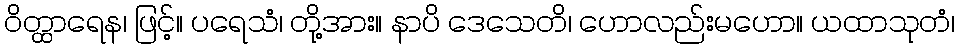
ဝိတ္ထာရေန၊ ဖြင့်။ ပရေသံ၊ တို့အား။ နာပိ ဒေသေတိ၊ ဟောလည်းမဟော။ ယထာသုတံ၊